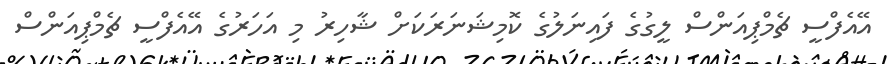
އޭއެފްސީ ޗެމްޕިއަންސް ލީގުގެ ފައިނަލުގެ ކޮމިޝަނަރަކަށް ޝާހިރު މި އަހަރުގެ އޭއެފްސީ ޗެމްޕިއަންސް